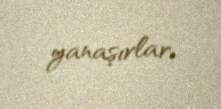
yanaşırlar.